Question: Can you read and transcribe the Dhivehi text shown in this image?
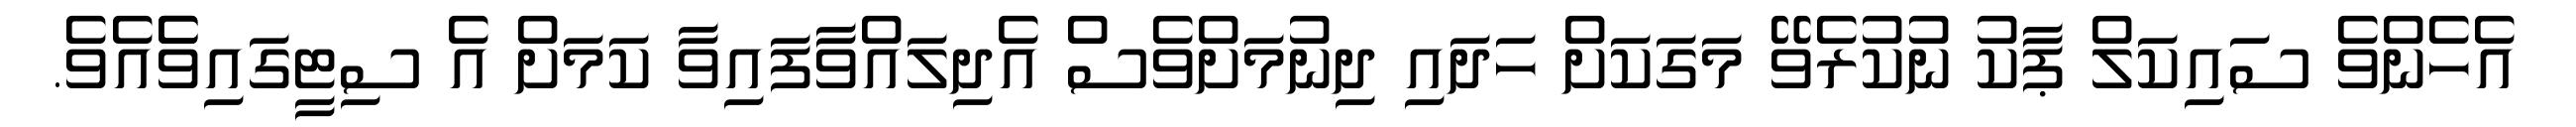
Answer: އެހެންވެ ސައިކަލް ޕާކު ނުކުރެވޭ މަގަކަށް ހަދައި ދިނުމަށްވެސް އެދިލައްވާފައިވާ ކަމަށް އެ ސިޓީގައިވެެއެވެ.